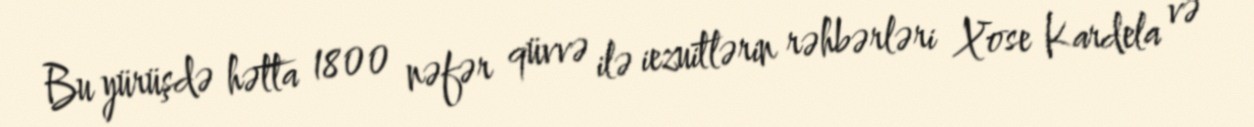
Bu yürüşdə hətta 1800 nəfər qüvvə ilə iezuitlərin rəhbərləri Xose Kardela və